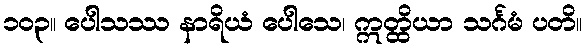
၁၀၃။ ပေါသဿ နာရိယံ ပေါသေ၊ ဣတ္ထိယာ သင်္ဂမံ ပတိ။